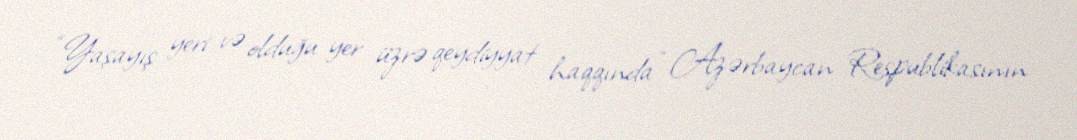
“Yaşayış yeri və olduğu yer üzrə qeydiyyat haqqında” Azərbaycan Respublikasının